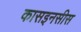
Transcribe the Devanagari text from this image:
कासइनसीस